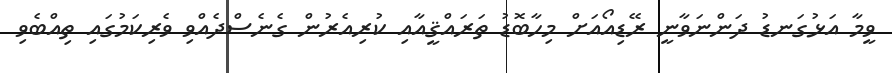
ވީމާ އަޅުގަނޑު ދަންނަވާނީ ރޭޑިއޯއަށް މިހާބޮޑު ތަރައްޤީއާއި ކުރިއެރުން ގެނެސްދެއްވި ވެރިކަމުގައި ތިއްބެވި